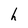
Character: h